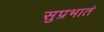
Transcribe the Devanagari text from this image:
सुप्रभातं